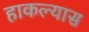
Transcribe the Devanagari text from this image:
हाकल्यास